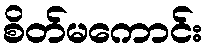
စိတ်မကောင်း